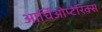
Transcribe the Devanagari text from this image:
आर्चिओप्टेरिक्स